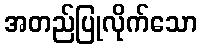
အတည်ပြုလိုက်သော